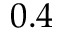
0 . 4